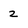
Character: z